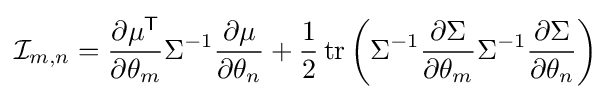
{\mathcal {I}}_{m,n}={\frac {\partial \mu ^{\textsf {T}}}{\partial \theta _{m}}}\Sigma ^{-1}{\frac {\partial \mu }{\partial \theta _{n}}}+{\frac {1}{2}}\operatorname {tr} \left(\Sigma ^{-1}{\frac {\partial \Sigma }{\partial \theta _{m}}}\Sigma ^{-1}{\frac {\partial \Sigma }{\partial \theta _{n}}}\right)